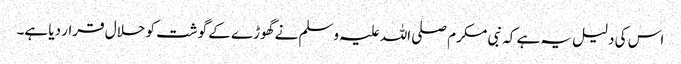
اس کی دلیل یہ ہے کہ نبی مکرم صلی اللہ علیہ وسلم نے گھوڑے کے گوشت کو حلال قرار دیا ہے۔